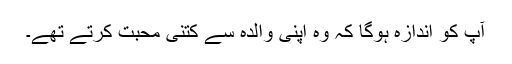
آپ کو اندازہ ہوگا کہ وہ اپنی والدہ سے کتنی محبت کرتے تھے۔